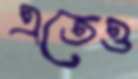
এতেও